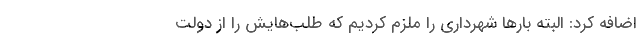
اضافه کرد: البته بارها شهرداری را ملزم کردیم که طلب‌هایش را از دولت